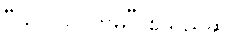
“သလ=ဂတိမှိ” စသည်ဆို။